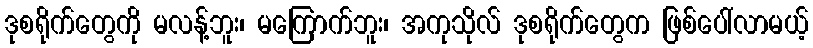
ဒုစရိုက်တွေကို မလန့်ဘူး၊ မကြောက်ဘူး၊ အကုသိုလ် ဒုစရိုက်တွေက ဖြစ်ပေါ်လာမယ့်